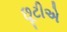
છૂટીએ